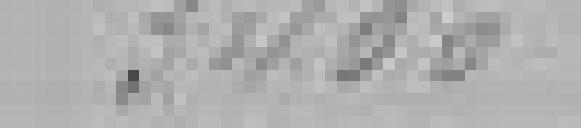
2 400